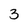
Character: 3